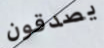
يصدقون